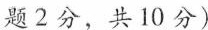
题 2分,共 10 分)